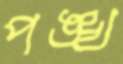
পঙ্খ